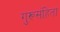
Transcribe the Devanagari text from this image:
गुरूसंहिता